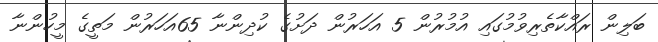
ބަލިން ރައްކާތެރިވުމުގައި އުމުރުން 5 އަހަރުން ދަށުގެ ކުދިންނާ 65އަހަރުން މަތީގެ މީހުންނާ